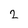
Character: 2